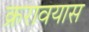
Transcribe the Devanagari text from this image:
क्ररावयास